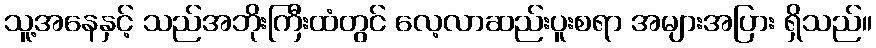
သူ့အနေနှင့် သည်အဘိုးကြီးထံတွင် လေ့လာဆည်းပူးစရာ အများအပြား ရှိသည်။